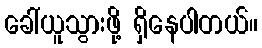
ခေါ်ယူသွားဖို့ ရှိနေပါတယ်။